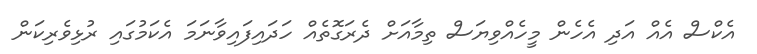
އެކްސް އެއް އަދި އެހެން މީހެއްވިޔަސް ތިމާއަށް ދެރަގޮތެއް ހަދައިފައިވާނަމަ އެކަމުގައި ރުޅިވެރިކަން